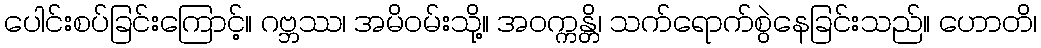
ပေါင်းစပ်ခြင်းကြောင့်။ ဂဗ္ဘဿ၊ အမိဝမ်းသို့။ အဝက္ကန္တိ၊ သက်ရောက်စွဲနေခြင်းသည်။ ဟောတိ၊